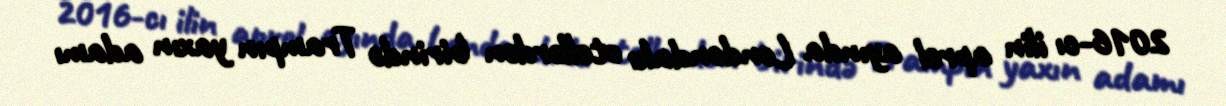
2016-cı ilin aprel ayında Londondakı otellərdən birində Trampın yaxın adamı